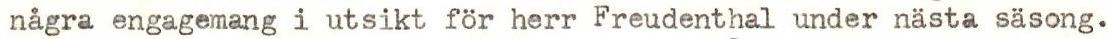
några engagemang i utsikt för herr Freudenthal under nästa säsong.